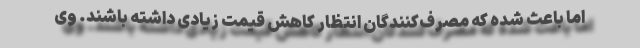
اما باعث شده که مصرف‌کنندگان انتظار کاهش قیمت زیادی داشته باشند. وی